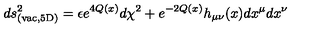
d s _ { \mathrm { ( v a c , 5 D ) } } ^ { 2 } = \epsilon e ^ { 4 Q ( x ) } d \chi ^ { 2 } + e ^ { - 2 Q ( x ) } h _ { \mu \nu } ( x ) d x ^ { \mu } d x ^ { \nu }